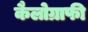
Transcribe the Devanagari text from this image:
कैलोग्राफी